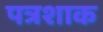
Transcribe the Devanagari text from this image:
पत्रशाक